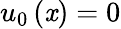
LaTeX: u_{0}\left(\mathit{x}\right)=0